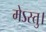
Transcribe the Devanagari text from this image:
मेऽस्तु।